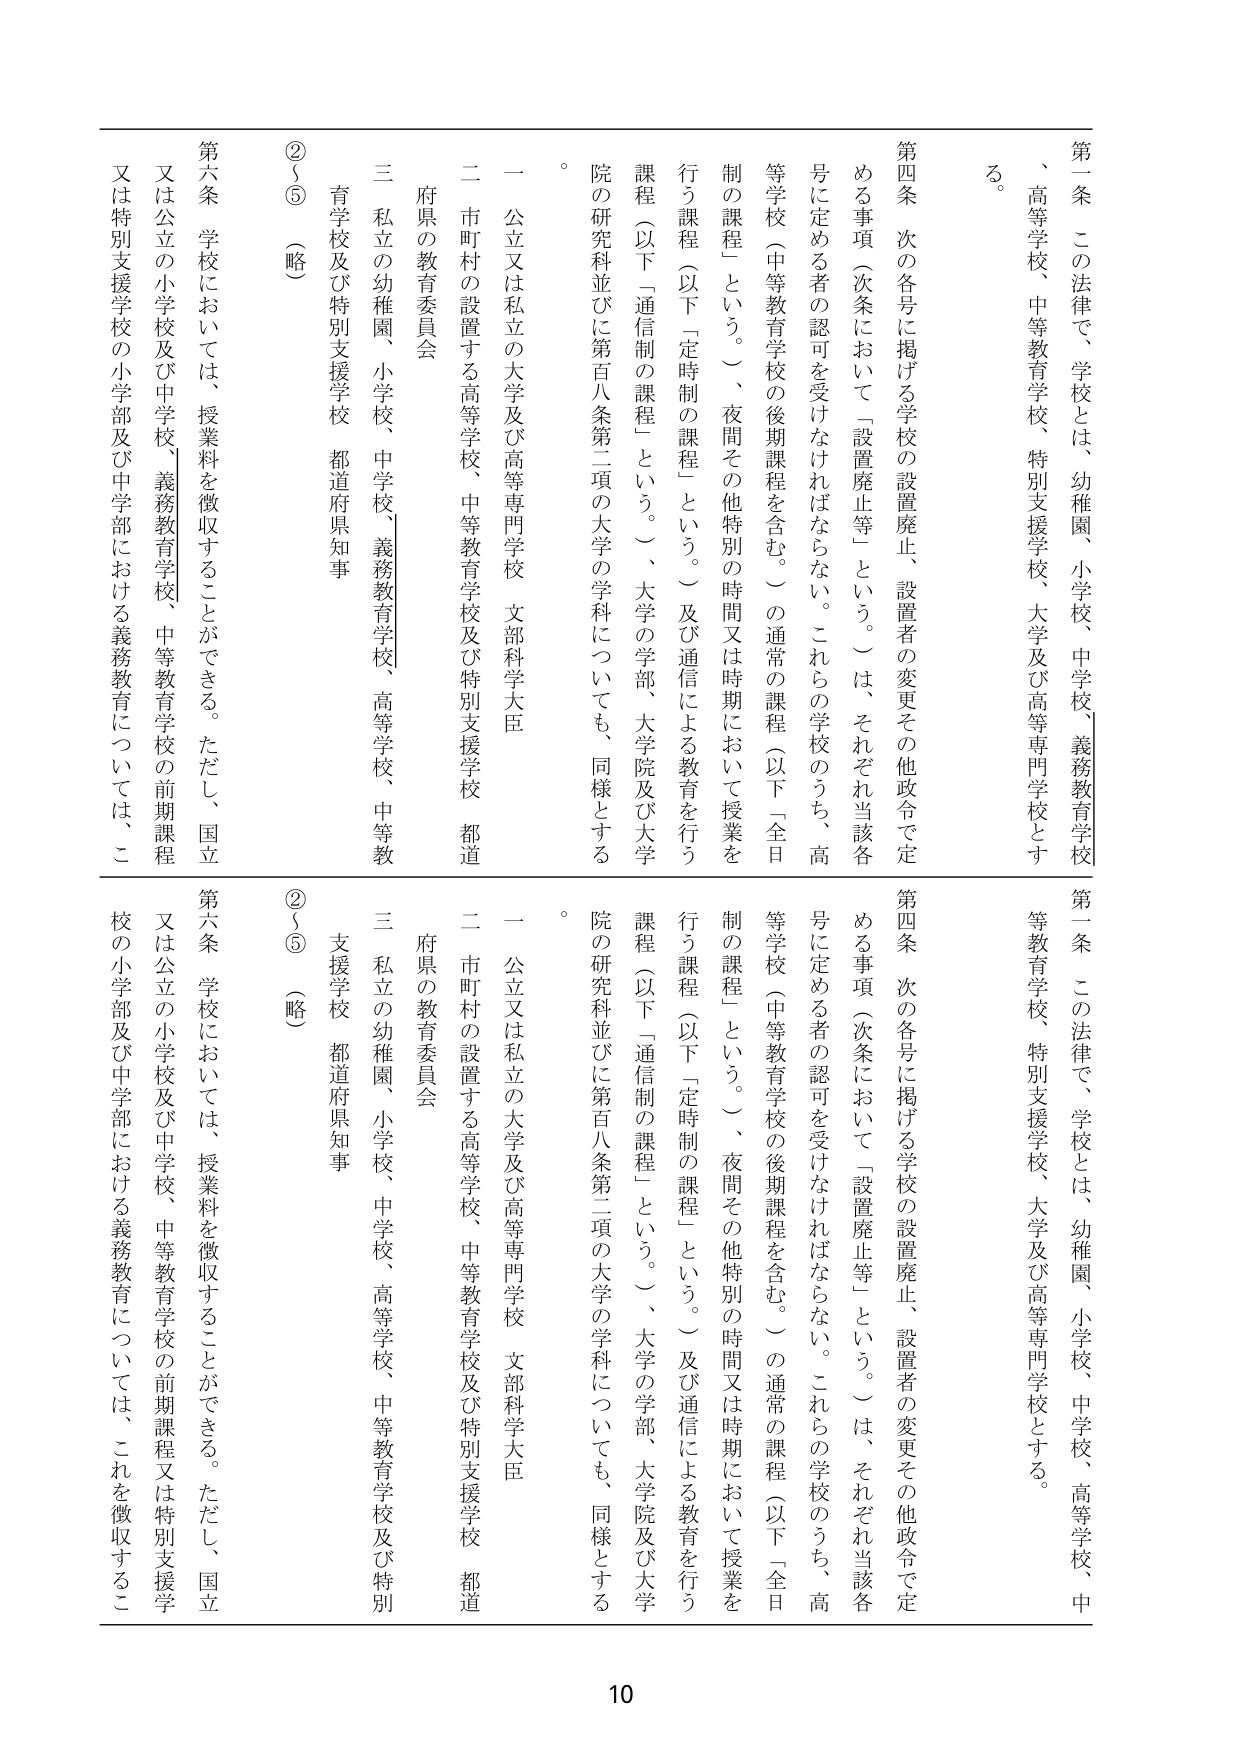
第一条　この法律で、学校とは、幼稚園、小学校、中学校、義務教育学校、高等学校、中等教育学校、特別支援学校、大学及び高等専門学校とする。

第四条　次の各号に掲げる学校の設置廃止、設置者の変更その他政令で定める事項（次条において「設置廃止等」という。）は、それぞれ当該各号に定める者の認可を受けなければならない。これらの学校のうち、高等学校（中等教育学校の後期課程を含む。）の通常の課程（以下「全日制の課程」という。）、夜間その他特別の時間又は時期において授業を行う課程（以下「定時制の課程」という。）及び通信による教育を行う課程（以下「通信制の課程」という。）、大学の学部、大学院及び大学院の研究科並びに第百八条第二項の大学の学科についても、同様とする。

一　公立又は私立の大学及び高等専門学校　文部科学大臣
二　市町村の設置する高等学校、中等教育学校及び特別支援学校　都道府県の教育委員会
三　私立の幼稚園、小学校、中学校、義務教育学校、高等学校、中等教育学校及び特別支援学校　都道府県知事

②～⑤（略）

第六条　学校においては、授業料を徴収することができる。ただし、国立又は公立の小学校及び中学校、義務教育学校、中等教育学校の前期課程又は特別支援学校の小学部及び中学部における義務教育については、これを徴収するこ

第一条　この法律で、学校とは、幼稚園、小学校、中学校、高等学校、中等教育学校、特別支援学校、大学及び高等専門学校とする。

第四条　次の各号に掲げる学校の設置廃止、設置者の変更その他政令で定める事項（次条において「設置廃止等」という。）は、それぞれ当該各号に定める者の認可を受けなければならない。これらの学校のうち、高等学校（中等教育学校の後期課程を含む。）の通常の課程（以下「全日制の課程」という。）、夜間その他特別の時間又は時期において授業を行う課程（以下「定時制の課程」という。）及び通信による教育を行う課程（以下「通信制の課程」という。）、大学の学部、大学院及び大学院の研究科並びに第百八条第二項の大学の学科についても、同様とする。

一　公立又は私立の大学及び高等専門学校　文部科学大臣
二　市町村の設置する高等学校、中等教育学校及び特別支援学校　都道府県の教育委員会
三　私立の幼稚園、小学校、中学校、高等学校、中等教育学校及び特別支援学校　都道府県知事

②～⑤（略）

第六条　学校においては、授業料を徴収することができる。ただし、国立又は公立の小学校及び中学校、義務教育学校、中等教育学校の前期課程又は特別支援学校の小学部及び中学部における義務教育については、これを徴収するこ

10